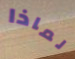
لماذا